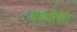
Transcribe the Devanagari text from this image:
वलहैला